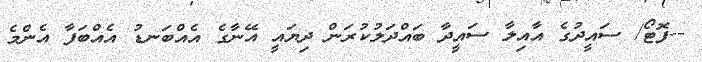
--ފޮޓޯ/ ސައީދުގެ އާއިލާ ސައީދާ ބައްދަލުކުރަން ދިޔައީ އޭނާގެ އެއްބަނޑު އެއްބަފާ އެންމެ